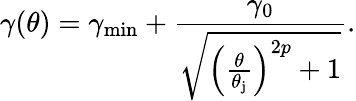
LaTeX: \gamma(\theta)=\gamma_{\mathrm{min}}+\frac{\gamma_{0}}{\sqrt{\left(\frac{\theta}{\theta_{\mathrm{j}}}\right)^{2p}+1}}.